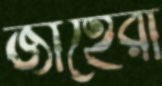
জাহেরা